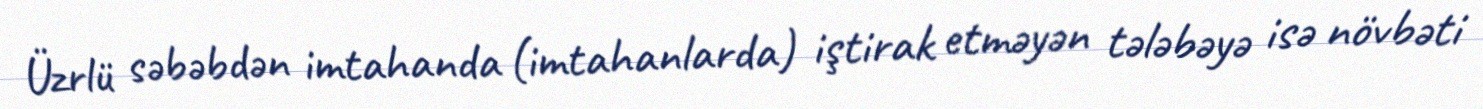
Üzrlü səbəbdən imtahanda (imtahanlarda) iştirak etməyən tələbəyə isə növbəti